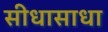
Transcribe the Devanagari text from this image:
सीधासाधा